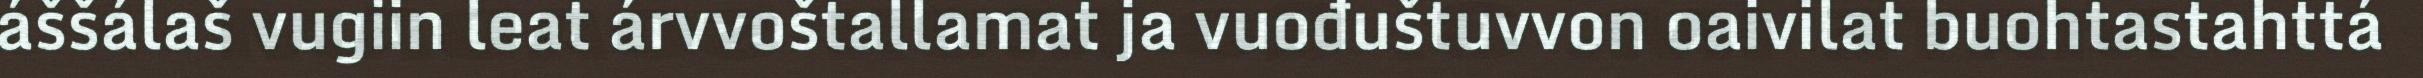
áššálaš vugiin leat árvvoštallamat ja vuođuštuvvon oaivilat buohtastahttá